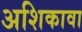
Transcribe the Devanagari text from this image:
अशिकावा